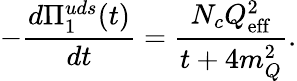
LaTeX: -\frac{d\Pi_{1}^{uds}(t)}{dt}=\frac{N_{c}Q_{\mathrm{eff}}^{2}}{t+4m_{Q}^{2}}.